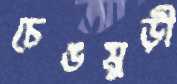
চেঙমুড়ী